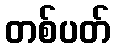
တစ်ပတ်